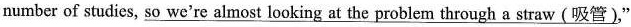
number of studies, \underline{so we're almost looking at the problem through a straw (吸营)} ,"